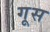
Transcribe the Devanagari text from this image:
गूस